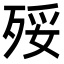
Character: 㱣